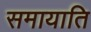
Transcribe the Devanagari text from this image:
समायाति